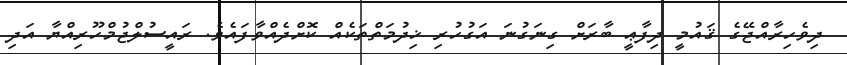
ދިވެހިރާއްޖޭގެ ޤައުމީ ދިފާޢީ ބާރަށް ގިނަގުނަ އަގުހުރި ޚިދުމަތްތަކެއް ކޮށްދެއްވާފައެވެ. ރައީސުލްޖުމްހޫރިއްޔާ އަދި